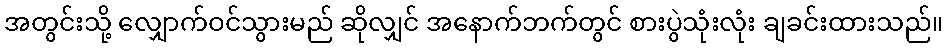
အတွင်းသို့ လျှောက်ဝင်သွားမည် ဆိုလျှင် အနောက်ဘက်တွင် စားပွဲသုံးလုံး ချခင်းထားသည်။